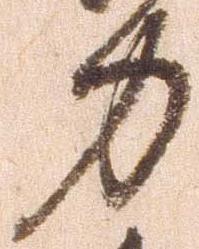
力